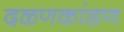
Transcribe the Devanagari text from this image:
दळणकांडण